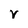
Character: v